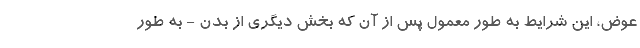
عوض، این شرایط به طور معمول پس از آن که بخش دیگری از بدن - به طور